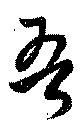
吾